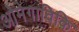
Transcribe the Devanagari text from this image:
ओमेगाविकि